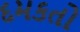
દમકતો